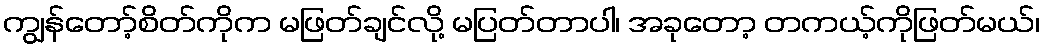
ကျွန်တော့်စိတ်ကိုက မဖြတ်ချင်လို့ မပြတ်တာပါ၊ အခုတော့ တကယ့်ကိုဖြတ်မယ်၊